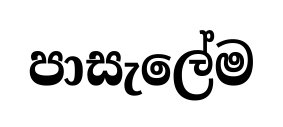
පාසැලේම